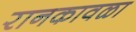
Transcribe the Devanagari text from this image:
रानकावळा